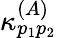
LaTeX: \kappa_{p_{1}p_{2}}^{(A)}